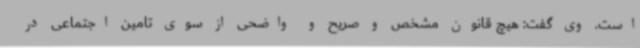
است. وی گفت: هیچ قانون مشخص و صریح و واضحی از سوی تامین اجتماعی در